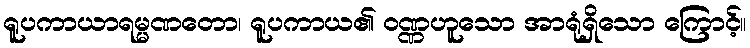
ရူပကာယာရမ္မဏတော၊ ရူပကာယ၏ ဝဏ္ဏဟူသော အာရုံရှိသော ကြောင့်။